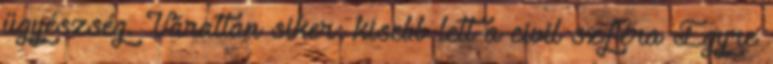
ügyészség. Váratlan siker: kisebb lett a civil szféra Egyre